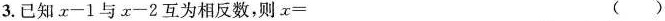
3. 已知$$x-1$$与$$x-2$$互为相反数，则x=（）